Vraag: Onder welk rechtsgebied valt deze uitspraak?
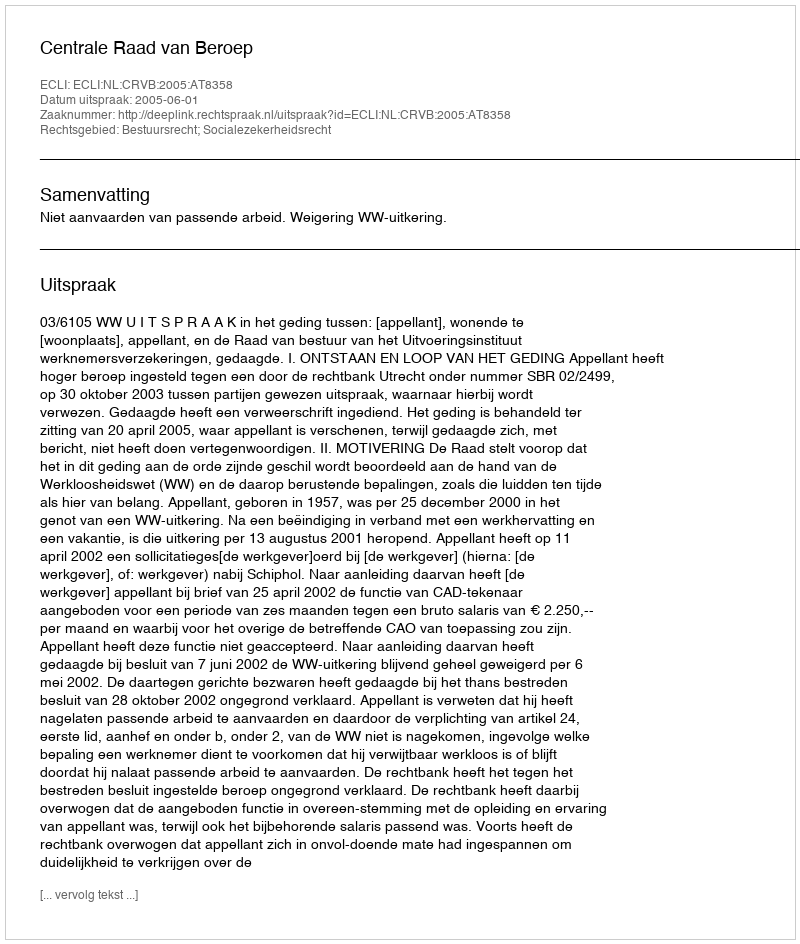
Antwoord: Bestuursrecht; Socialezekerheidsrecht